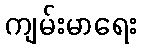
ကျမ်းမာရေး